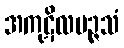
အကုဋိလမဉ္ဇသံ